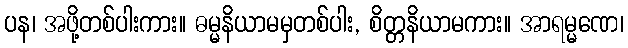
ပန၊ အဖို့တစ်ပါးကား။ ဓမ္မနိယာမမှတစ်ပါး, စိတ္တနိယာမကား။ အာရမ္မဏေ၊